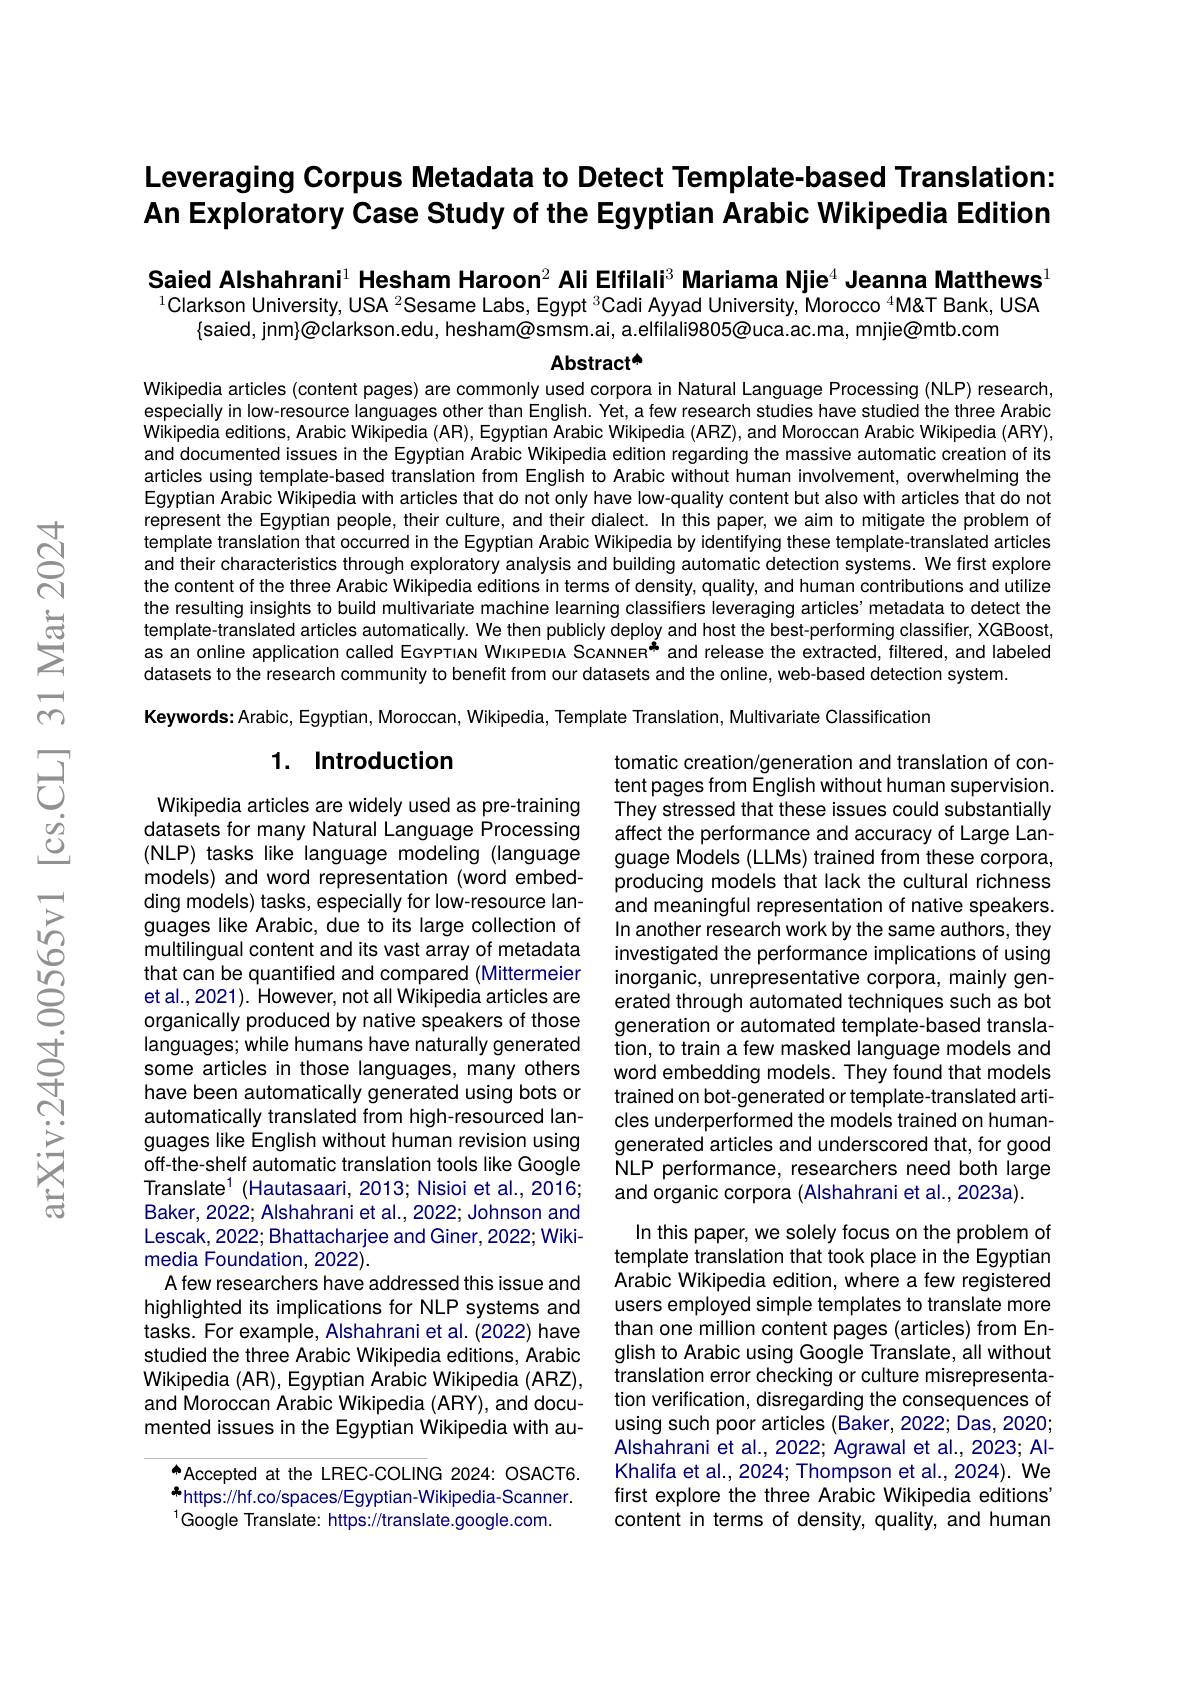
## Leveraging Corpus Metadata to Detect Template-based Translation: An Exploratory Case Study of the Egyptian Arabic Wikipedia Edition

Saied Alshahrani$^1$ Hesham Haroon$^2\textbf{Ali Elfilali}^3$ Mariama Njie$^4\textbf{Jeanna Matthews}^{1}$ $^{1}$Clarkson University, USA $^{2}$Sesame Labs, Egypt $^{3}$Cadi Ayyad University, Morocco $^{4}$M&T Bank, USA
$\{$saied, jnm$\}\textcircled{\text{oclarkson.edu, hesham@smsm.ai, a.elfilali9805@uca.ac.ma, mnjie@mtb.com}}$

Abstract A

Wikipedia articles (content pages) are commonly used corpora in Natural Language Processing (NLP) research, especially in low-resource languages other than English. Yet, a few research studies have studied the three Arabic Wikipedia editions, Arabic Wikipedia (AR), Egyptian Arabic Wikipedia (ARZ), and Moroccan Arabic Wikipedia (ARY), and documented issues in the Egyptian Arabic Wikipedia edition regarding the massive automatic creation of its articles using template-based translation from English to Arabic without human involvement, overwhelming the Egyptian Arabic Wikipedia with articles that do not only have low-quality content but also with articles that do not represent the Egyptian people, their culture, and their dialect. In this paper, we aim to mitigate the problem of template translation that occurred in the Egyptian Arabic Wikipedia by identifying these template-translated articles and their characteristics through exploratory analysis and building automatic detection systems. We first explore the content of the three Arabic Wikipedia editions in terms of density, quality, and human contributions and utilize the resulting insights to build multivariate machine learning classifiers leveraging articles'metadata to detect the template-translated articles automatically. We then publicly deploy and host the best-performing classifier, XGBoost, as an online application called EGYPTIAN WikıPEDIA ScANNER* and release the extracted, filtered, and labeled datasets to the research community to benefit from our datasets and the online, web-based detection system.
Keywords: Arabic, Egyptian, Moroccan, Wikipedia, Template Translation, Multivariate Classification

## 1. Introduction

tomatic creation/generation and translation of content pages from English without human supervision. They stressed that these issues could substantially affect the performance and accuracy of Large Language Models (LLMs) trained from these corpora, producing models that lack the cultural richness and meaningful representation of native speakers. In another research work by the same authors, they investigated the performance implications of using inorganic, unrepresentative corpora, mainly generated through automated techniques such as bot generation or automated template-based translation, to train a few masked language models and word embedding models. They found that models trained on bot-generated or template-translated articles underperformed the models trained on humangenerated articles and underscored that, for good NLP performance, researchers need both large and organic corpora (Alshahrani et al., 2023a).

Wikipedia articles are widely used as pre-training datasets for many Natural Language Processing (NLP) tasks like language modeling (language models) and word representation (word embedding models) tasks, especially for low-resource languages like Arabic, due to its large collection of multilingual content and its vast array of metadata that can be quantified and compared (Mittermeier et al., 2021). However, not all Wikipedia articles are organically produced by native speakers of those languages; while humans have naturally generated some articles in those languages, many others have been automatically generated using bots or automatically translated from high-resourced languages like English without human revision using off-the-shelf automatic translation tools like Google Translate$^1$(Hautasaari, 2013; Nisioi et al., 2016; Baker, 2022; Alshahrani et al., 2022; Johnson and Lescak, 2022; Bhattacharjee and Giner, 2022; Wikimedia Foundation, 2022).
A few researchers have addressed this issue and highlighted its implications for NLP systems and tasks. For example, Alshahrani et al. (2022) have studied the three Arabic Wikipedia editions, Arabic Wikipedia (AR), Egyptian Arabic Wikipedia (ARZ), and Moroccan Arabic Wikipedia (ARY), and documented issues in the Egyptian Wikipedia with au-
Accepted at the LREC-COLING 2024: OSACT6.

In this paper, we solely focus on the problem of template translation that took place in the Egyptian Arabic Wikipedia edition, where a few registered users employed simple templates to translate more than one million content pages (articles) from English to Arabic using Google Translate, all without translation error checking or culture misrepresentation verification, disregarding the consequences of using such poor articles (Baker, 2022; Das, 2020; Alshahrani et al., 2022; Agrawal et al., 2023; AlKhalifa et al., 2024; Thompson et al., 2024). We first explore the three Arabic Wikipedia editions' content in terms of density, quality, and human

${\mathrm{-https://hf.co/spaces/Egyptian-Wikipedia-Scanner.}}$
$^{1}$Google Translate: https://translate.google.com.